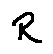
R